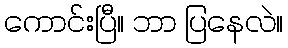
ကောင်းပြီ။ ဘာ ပြနေလဲ။